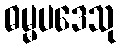
ဓမ္မပဒေသု